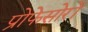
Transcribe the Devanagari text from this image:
प्रोफेसोरों